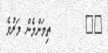
١٦        ތިމަންމެން މަރުވެ